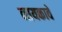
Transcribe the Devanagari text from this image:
नायकावे